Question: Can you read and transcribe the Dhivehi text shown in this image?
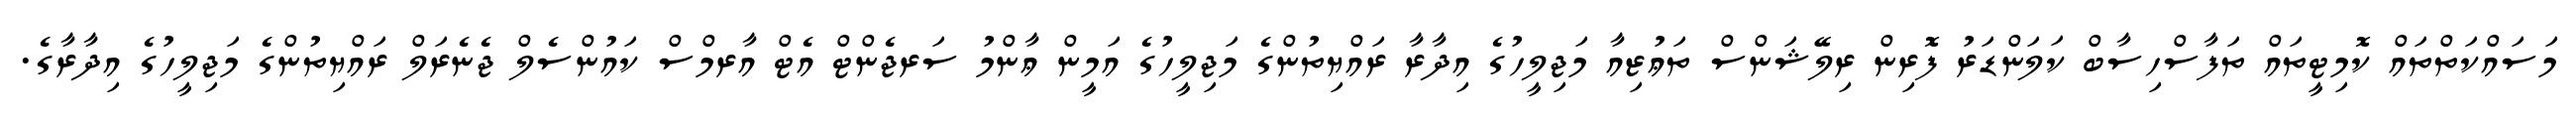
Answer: މަސައްކަތްތައް ކޮމިޓީތައް ތަފާސްހިސާބް ކަލަންޑަރު ފޮރިން ރިލޭޝަންސް ތަޢުޒިއާ މަޖިލީހުގެ އިދާރާ ރައްޔިތުންގެ މަޖިލީހުގެ އަމީން ޢާންމު ސަރޖެންޓް އެޓް އާރމްސް ކައުންސެލް ޖެނެރަލް ރައްޔިތުންގެ މަޖިލީހުގެ އިދާރާގެ.